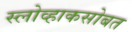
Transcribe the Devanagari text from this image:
स्लोव्हाकसोबत